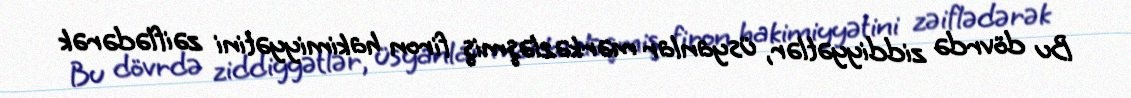
Bu dövrdə ziddiyyətlər, üsyanlar mərkəzləşmiş firon hakimiyyətini zəiflədərək